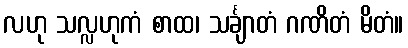
လဟု သလ္လဟုကံ စာထ၊ သင်္ချာတံ ဂဏိတံ မိတံ။